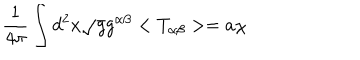
LaTeX: \frac { 1 } { 4 { \pi } } \int d ^ { 2 } x \sqrt { g } g ^ { \alpha \beta } < T _ { \alpha \beta } > = a { \chi }